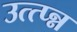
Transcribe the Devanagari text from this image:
उत्त्प्न्न